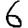
Digit: 6